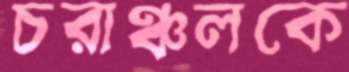
চরাঞ্চলকে